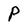
Character: P